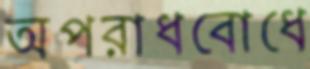
অপরাধবোধে